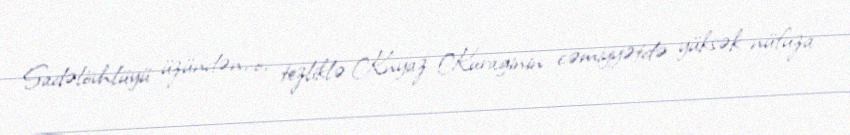
Sadəlövhlüyü üzündən, o, tezliklə Knyaz Kuraginin cəmiyyətdə yüksək nüfuza